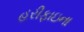
હરીફાઇના